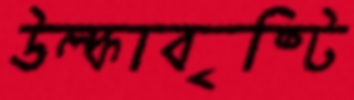
উল্কাবৃষ্টি